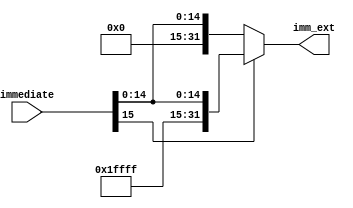
module sign_extend(
    immediate,
    imm_ext
);
    
    
    // Declare inputs and outputs
    input wire [15:0] immediate;
    output wire [31:0] imm_ext;


    // Assign statement for sign extension, if immediate[15] = 1 add ones, else add zeros
    assign imm_ext = immediate[15] ? {{16{1'b1}},immediate } : {{16{1'b0}},immediate };

endmodule